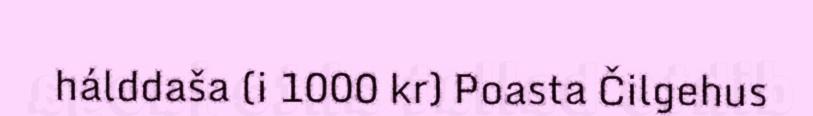
hálddaša (i 1000 kr) Poasta Čilgehus